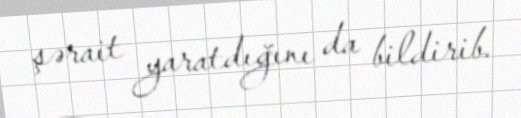
şərait yaratdığını da bildirib.